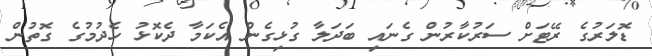
ޑޮލަރުގެ ރޭޓަށް ސަރުކާރުން ގެނައި ބަދަލާ ގުޅިގެން އެކަމާ ދެކޮޅު ހެދުމުގެ ގޮތުން